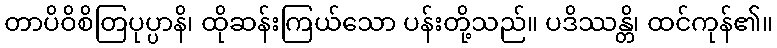
တာပိဝိစိတြပုပ္ပာနိ၊ ထိုဆန်းကြယ်သော ပန်းတို့သည်။ ပဒိဿန္တိ၊ ထင်ကုန်၏။